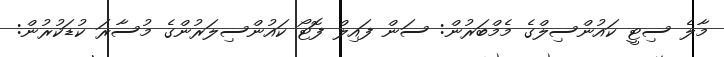
މާލެ ސިޓީ ކައުންސިލްގެ މެމްބަރުން: ސަން ފައިލް ފޮޓޯ ކައުންސިލަރުންގެ މުސާރަ ކުޑަކުރުން: